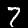
Label: 7